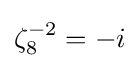
{\textstyle \zeta _{8}^{-2}=-i}